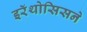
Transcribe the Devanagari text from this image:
इरॅथोसिसने